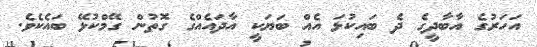
އަހަރުގެ އާބާދީގެ ދެ ބައިކުޅަ އެއް ބަޔަކީ އާދައެއްގެ ގޮތުން ގޭމްކުޅޭ ބައެކެވެ.